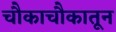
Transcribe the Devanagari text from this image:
चौकाचौकातून